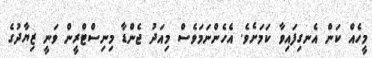
މީހެއް ކަން އެނގިފައިވާ ކަމަށެވެ. އެހެންނަމަވެސް މިއަދު ޖެންޑާ މިނިސްޓްރީން ވަނީ ޒިޔާދުގެ